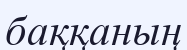
баққаның